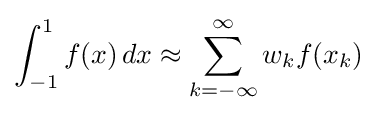
\int _{-1}^{1}f(x)\,dx\approx \sum _{k=-\infty }^{\infty }w_{k}f(x_{k})